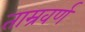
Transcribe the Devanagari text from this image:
ताम्रवर्ण